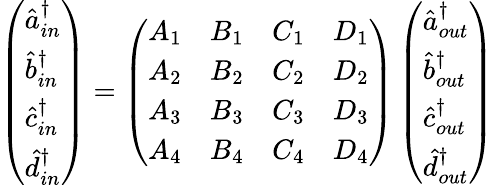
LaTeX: \left(\begin{array}{l}{\hat{a}_{in}^{\dagger}}\\ {\hat{b}_{in}^{\dagger}}\\ {\hat{c}_{in}^{\dagger}}\\ {\hat{d}_{in}^{\dagger}}\end{array}\right)=\left(\begin{array}{llll}{A_{1}}&{B_{1}}&{C_{1}}&{D_{1}}\\ {A_{2}}&{B_{2}}&{C_{2}}&{D_{2}}\\ {A_{3}}&{B_{3}}&{C_{3}}&{D_{3}}\\ {A_{4}}&{B_{4}}&{C_{4}}&{D_{4}}\end{array}\right)\left(\begin{array}{l}{\hat{a}_{out}^{\dagger}}\\ {\hat{b}_{out}^{\dagger}}\\ {\hat{c}_{out}^{\dagger}}\\ {\hat{d}_{out}^{\dagger}}\end{array}\right)